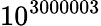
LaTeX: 10^{3000003}